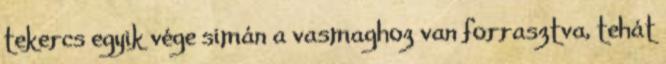
tekercs egyik vége simán a vasmaghoz van forrasztva, tehát